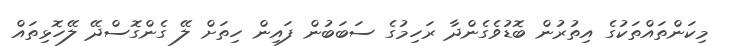
މިކަންތައްތަކުގެ އިތުރުން ބޮޑުވެގެންދާ ރަހިމުގެ ސަބަބުން ފައިން ހިތަށް ލޭ ގެންގޮސްދޭ ލޭހޮޅިތައް